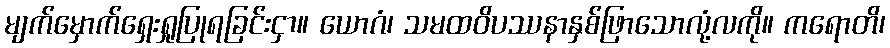
မျက်မှောက်ရှေးရှုပြုရခြင်းငှာ။ ယောဂံ၊ သမထဝိပဿနာနှစ်ဖြာသောလုံ့လကို။ ကရောတိ၊